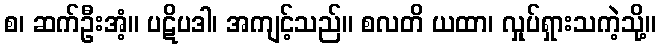
စ၊ ဆက်ဦးအံ့။ ပဋိပဒါ၊ အကျင့်သည်။ စလတိ ယထာ၊ လှုပ်ရှားသကဲ့သို့။